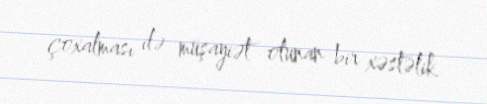
çoxalması ilə müşayiət olunan bir xəstəlik.